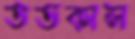
ততকাল